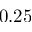
0 . 2 5